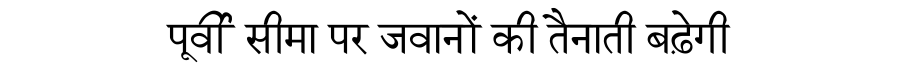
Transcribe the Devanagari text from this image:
पूर्वी सीमा पर जवानों की तैनाती बढ़ेगी